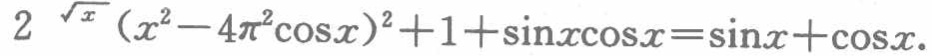
\(2^{\sqrt{x}}(x^{2}-4\pi^{2}\cos x)^{2}+1+\sin x\cos x=\sin x+\cos x\)